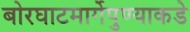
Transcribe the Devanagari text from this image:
बोरघाटमार्गेपुण्याकडे